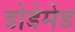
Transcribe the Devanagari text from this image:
डोडेमेड